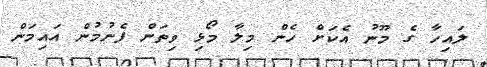
ލައިހާ ގެ މޫނު އެކަށް ހެން މިލާ މޯޅި ވިތަން ފެނުމުން އައިމަން